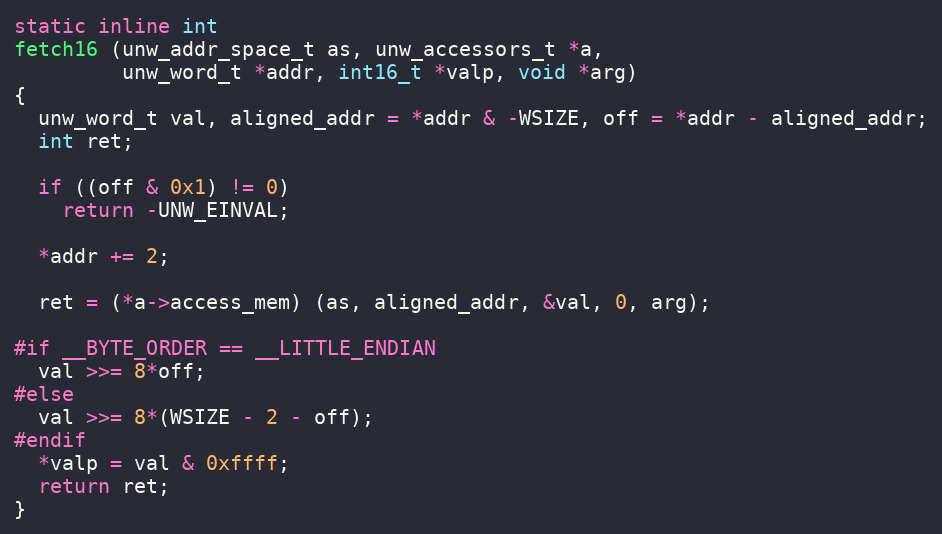
Language: C
static inline int
fetch16 (unw_addr_space_t as, unw_accessors_t *a,
         unw_word_t *addr, int16_t *valp, void *arg)
{
  unw_word_t val, aligned_addr = *addr & -WSIZE, off = *addr - aligned_addr;
  int ret;

  if ((off & 0x1) != 0)
    return -UNW_EINVAL;

  *addr += 2;

  ret = (*a->access_mem) (as, aligned_addr, &val, 0, arg);

#if __BYTE_ORDER == __LITTLE_ENDIAN
  val >>= 8*off;
#else
  val >>= 8*(WSIZE - 2 - off);
#endif
  *valp = val & 0xffff;
  return ret;
}